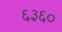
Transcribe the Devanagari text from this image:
६३६०